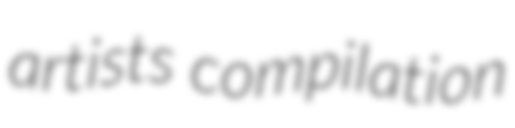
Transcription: artists compilation